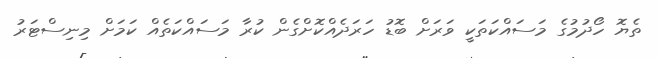
ތެޔޮ ހޯދުމުގެ މަސައްކަތަކީ ވަރަށް ބޮޑު ހަރަދެއްކޮށްގެން ކުރާ މަސައްކަތެއް ކަަމަށް މިނިސްޓަރު